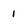
Character: 1